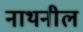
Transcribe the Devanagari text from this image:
नाथनील